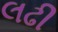
લઢી